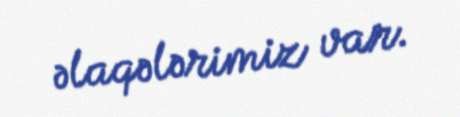
əlaqələrimiz var.